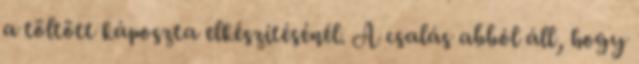
a töltött káposzta elkészítésénél. A csalás abból áll, hogy